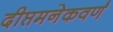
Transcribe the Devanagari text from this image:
दीप्तमनेकवर्णं